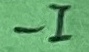
Text: -I